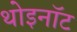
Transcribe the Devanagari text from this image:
थोइनॉट